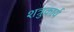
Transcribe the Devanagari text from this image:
शत्रुकार्य